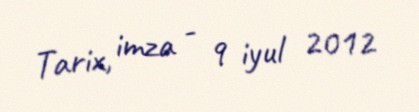
Tarix, imza - 9 iyul 2012